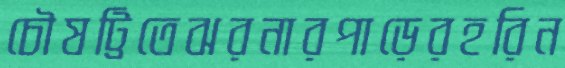
চৌষট্টিতেঝরনারপাড়েরহরিন